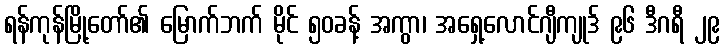
ရန်ကုန်မြို့တော်၏ မြောက်ဘက် မိုင် ၅၀ခန့် အကွာ၊ အရှေ့လောင်ဂျီကျုဒ် ၉၆ ဒီဂရီ ၂၉